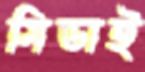
মিডাই